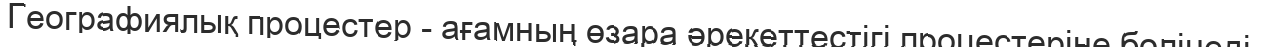
Географиялық процестер - ағамның өзара әрекеттестігі процестеріне бөлінеді.